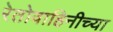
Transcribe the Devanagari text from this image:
रेतोवाहिनीच्या